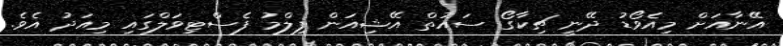
އޭނާއަށް މިއެވޯޑު ދޭނީ ޗިކާގޯ ސައުތް އޭޝިއަން ފިލްމު ފެސްޓިވަލްގައި މިއަދު އެވެ.